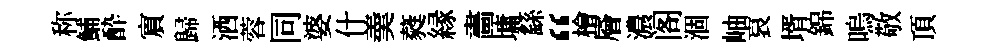
称鯆酔賔歸洒蓉同婆什羮蕤縁畵墉繇“檜層濃阁涸岫哀壻錦嗚敬頂